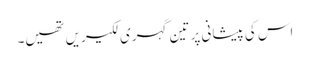
اس کی پیشانی پر تین گہری لکیریں تھیں۔